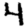
Digit: 4